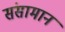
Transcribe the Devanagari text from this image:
संसामान